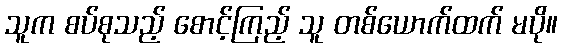
သူက စပ်စုသည့် စောင့်ကြည့် သူ တစ်ယောက်ထက် မပို။